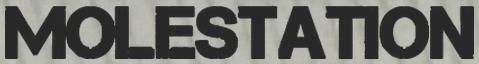
MOLESTATION